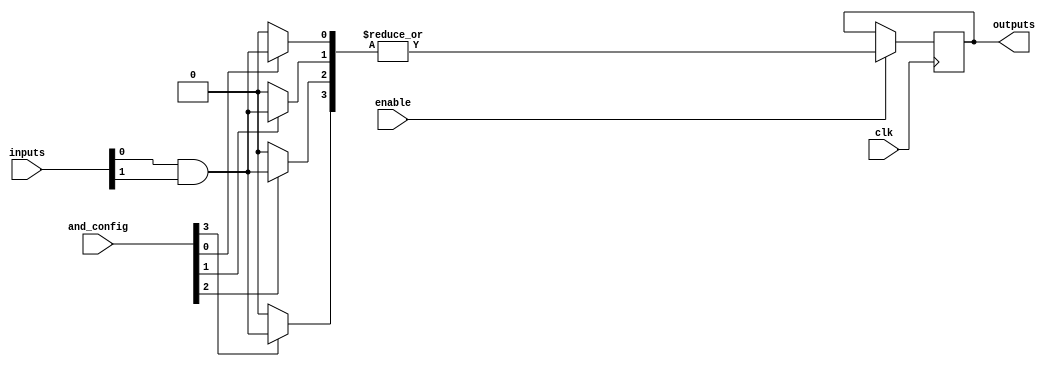
module RPAL #(
    parameter NUM_INPUTS = 4,
    parameter NUM_AND_TERMS = 4,
    parameter NUM_OUTPUTS = 1
)(
    input wire [NUM_INPUTS-1:0] inputs,       // Input signals
    input wire [NUM_AND_TERMS-1:0] and_config, // Configuration for AND array
    input wire clk,                             // Clock signal
    input wire enable,                          // Enable signal for registers
    output reg [NUM_OUTPUTS-1:0] outputs       // Output signals
);

// Internal wires for AND array outputs
wire [NUM_AND_TERMS-1:0] and_outputs;

// Programmable AND array
genvar i;
generate
    for (i = 0; i < NUM_AND_TERMS; i = i + 1) begin : and_array
        assign and_outputs[i] = (and_config[i]) ? (inputs[0] & inputs[1]) : 1'b0; // Example logic for AND terms
    end
endgenerate

// OR array (fixed)
wire or_output;
assign or_output = |and_outputs; // ORing all AND outputs

// Registers to store the output
always @(posedge clk) begin
    if (enable) begin
        outputs <= or_output; // Latch the output on clock edge if enabled
    end
end

endmodule